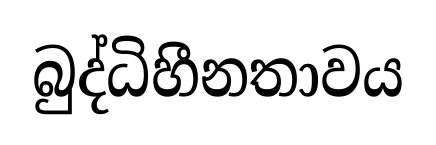
බුද්ධිහීනතාවය